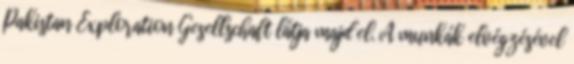
Pakistan Exploration Gesellschaft látja majd el. A munkák elvégzésével